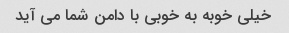
خیلی خوبه به خوبی با دامن شما می آید